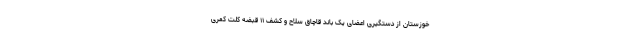
خوزستان از دستگیری اعضای یک باند قاچاق سلاح و کشف ۱۱ قبضه کلت کمری